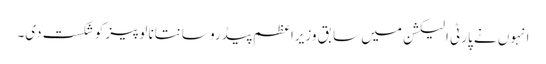
انہوں نے پارٹی الیکشن میں سابق وزیراعظم پیڈرو سانتانا لوپیز کو شکست دی۔